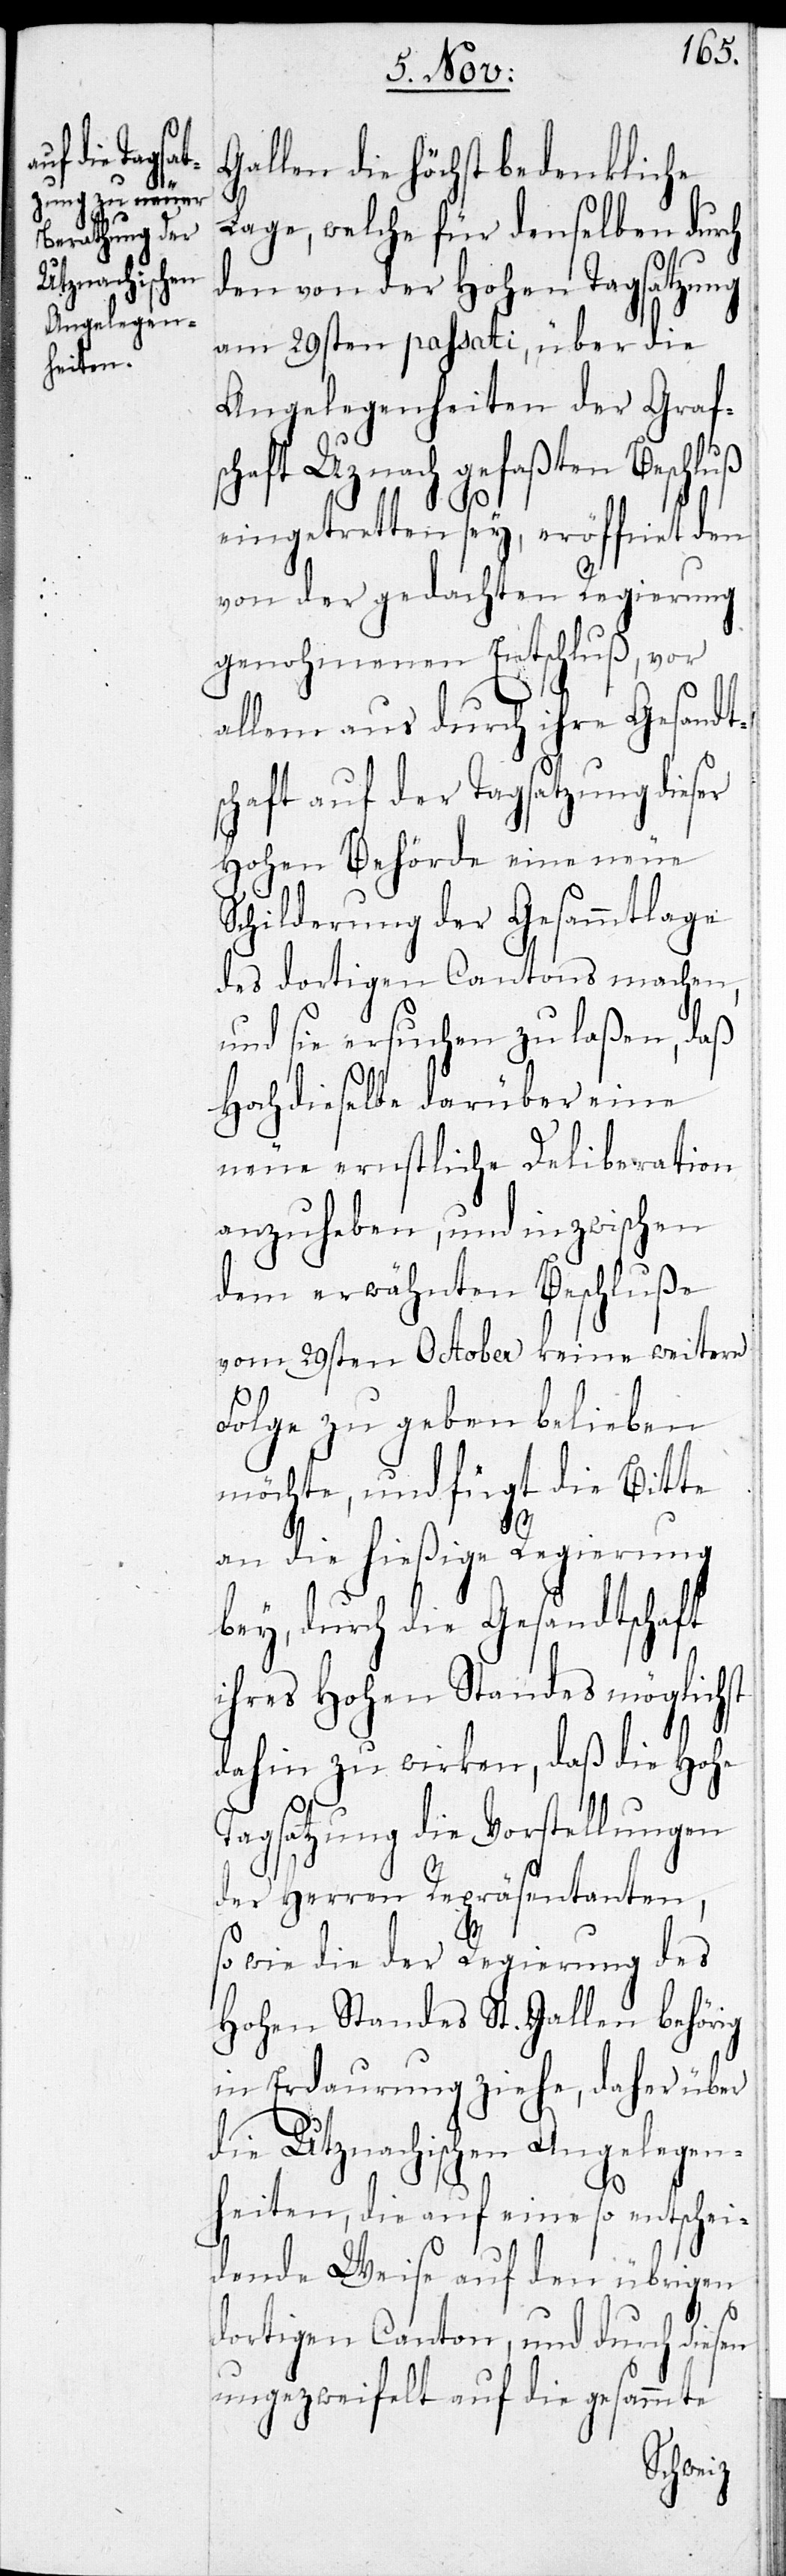
schaft

Gallen die höchst bedenkliche
Lage, welche für denselben durch
den von der Hohen Tagsatzung
am 29sten passati, über die
Angelegenheiten der Graf¬
U[t]znach gefaßten Beschl¬
eingetretten sey, eröffnet den
von der gedachten Regierung
genohmenen Entschluß, vor
allem aus durch ihre Gesandts¬
chaft auf der Tagsatzung dieser
Hohen Behörde eine neue
Schilderung der Gesammtlage
des dortigen Cantons machen,
und sie ersuchen zu laßen, daß
Hochdieselbe darüber eine
neue ernstliche Deliberation
anzuheben, und inzwischen
dem erwähnten Beschluße
vom 29sten October keine weitere
Folge zu geben belieben
möchte, und fügt die Bitte
uß
an die hießige Regierung
bey, durch die Gesandtschaft
ihres Hohen Standes möglichst
dahin zu wirken, daß die Hohe
Tagsatzung die Vorstellungen
der Herren Repräsentanten,
so wie die der Regierung des
Hohen Standes St. Gallen behörig
in Erdaurung ziehe, daher über
die Utznachischen Angelegen¬
heiten, die auf eine so entschei¬
dende Weise auf den übrigen
dortigen Canton, und durch diesen
ungezweifelt auf die gesammte